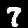
Digit: 7